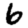
Digit: 6